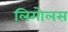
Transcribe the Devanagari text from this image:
लिगोलस